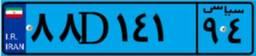
۸۸D۱۴۱۹۴